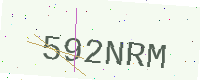
Text: 592NRM